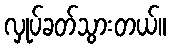
လှုပ်ခတ်သွားတယ်။